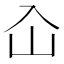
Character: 屳